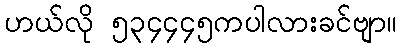
ဟယ်လို ၅၃၄၄၄၅ကပါလားခင်ဗျာ။